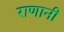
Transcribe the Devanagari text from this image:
राणानी